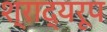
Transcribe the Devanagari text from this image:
श्राद्यरूप